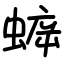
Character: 蝷